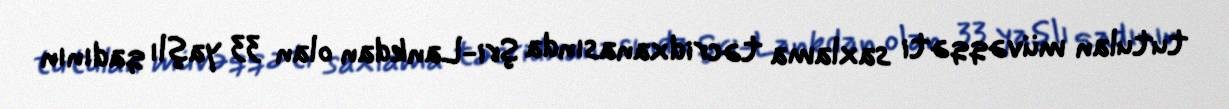
tutulan müvəqqəti saxlama təcridxanasında Şri-Lankdan olan 33 yaşlı qadının